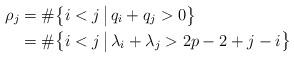
LaTeX: \begin{align*} \rho_j &= \#\big\{ i<j\,\big|\, q_i+q_j>0 \big\} \\ &= \#\big\{ i<j\,\big|\, \lambda_i+\lambda_j>2p-2+j-i \big\} \end{align*}